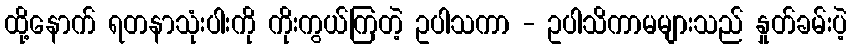
ထို့နောက် ရတနာသုံးပါးကို ကိုးကွယ်ကြတဲ့ ဥပါသကာ - ဥပါသိကာမများသည် နှုတ်ခမ်းပဲ့